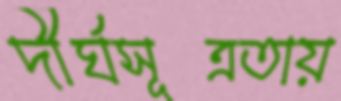
দীর্ঘসূত্রতায়